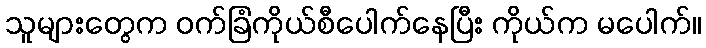
သူများတွေက ဝက်ခြံကိုယ်စီပေါက်နေပြီး ကိုယ်က မပေါက်။